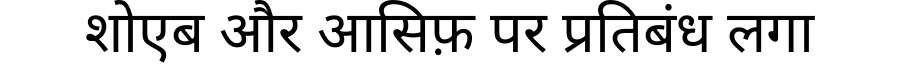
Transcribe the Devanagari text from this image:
शोएब और आसिफ़ पर प्रतिबंध लगा